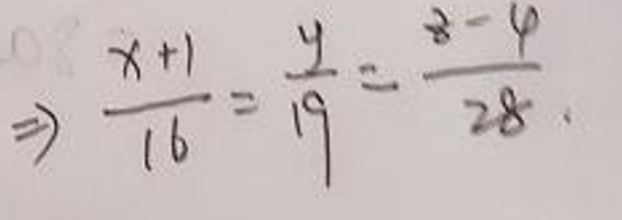
\[
\Rightarrow \frac{x + 1}{16}=\frac{y}{19}=\frac{z - 4}{28}
\]